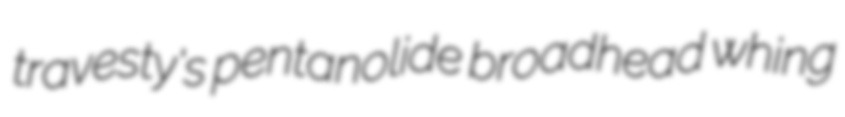
travesty's pentanolide broadhead whing